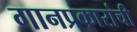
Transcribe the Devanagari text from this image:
गानप्रकारांची